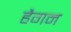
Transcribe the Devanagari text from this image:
हैगन